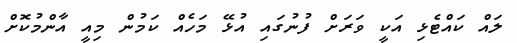
ލައް ކައްޓެޅި އަކީ ވަރަށް ފުނުގައި އުޅޭ މަހެއް ކަމުން މިއީ އާންމުކޮށް